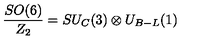
\frac { S O ( 6 ) } { Z _ { 2 } } = S U _ { C } ( 3 ) \otimes U _ { B - L } ( 1 )